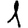
Digit: 1